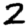
Digit: 2